talulepingud_et, lk 2
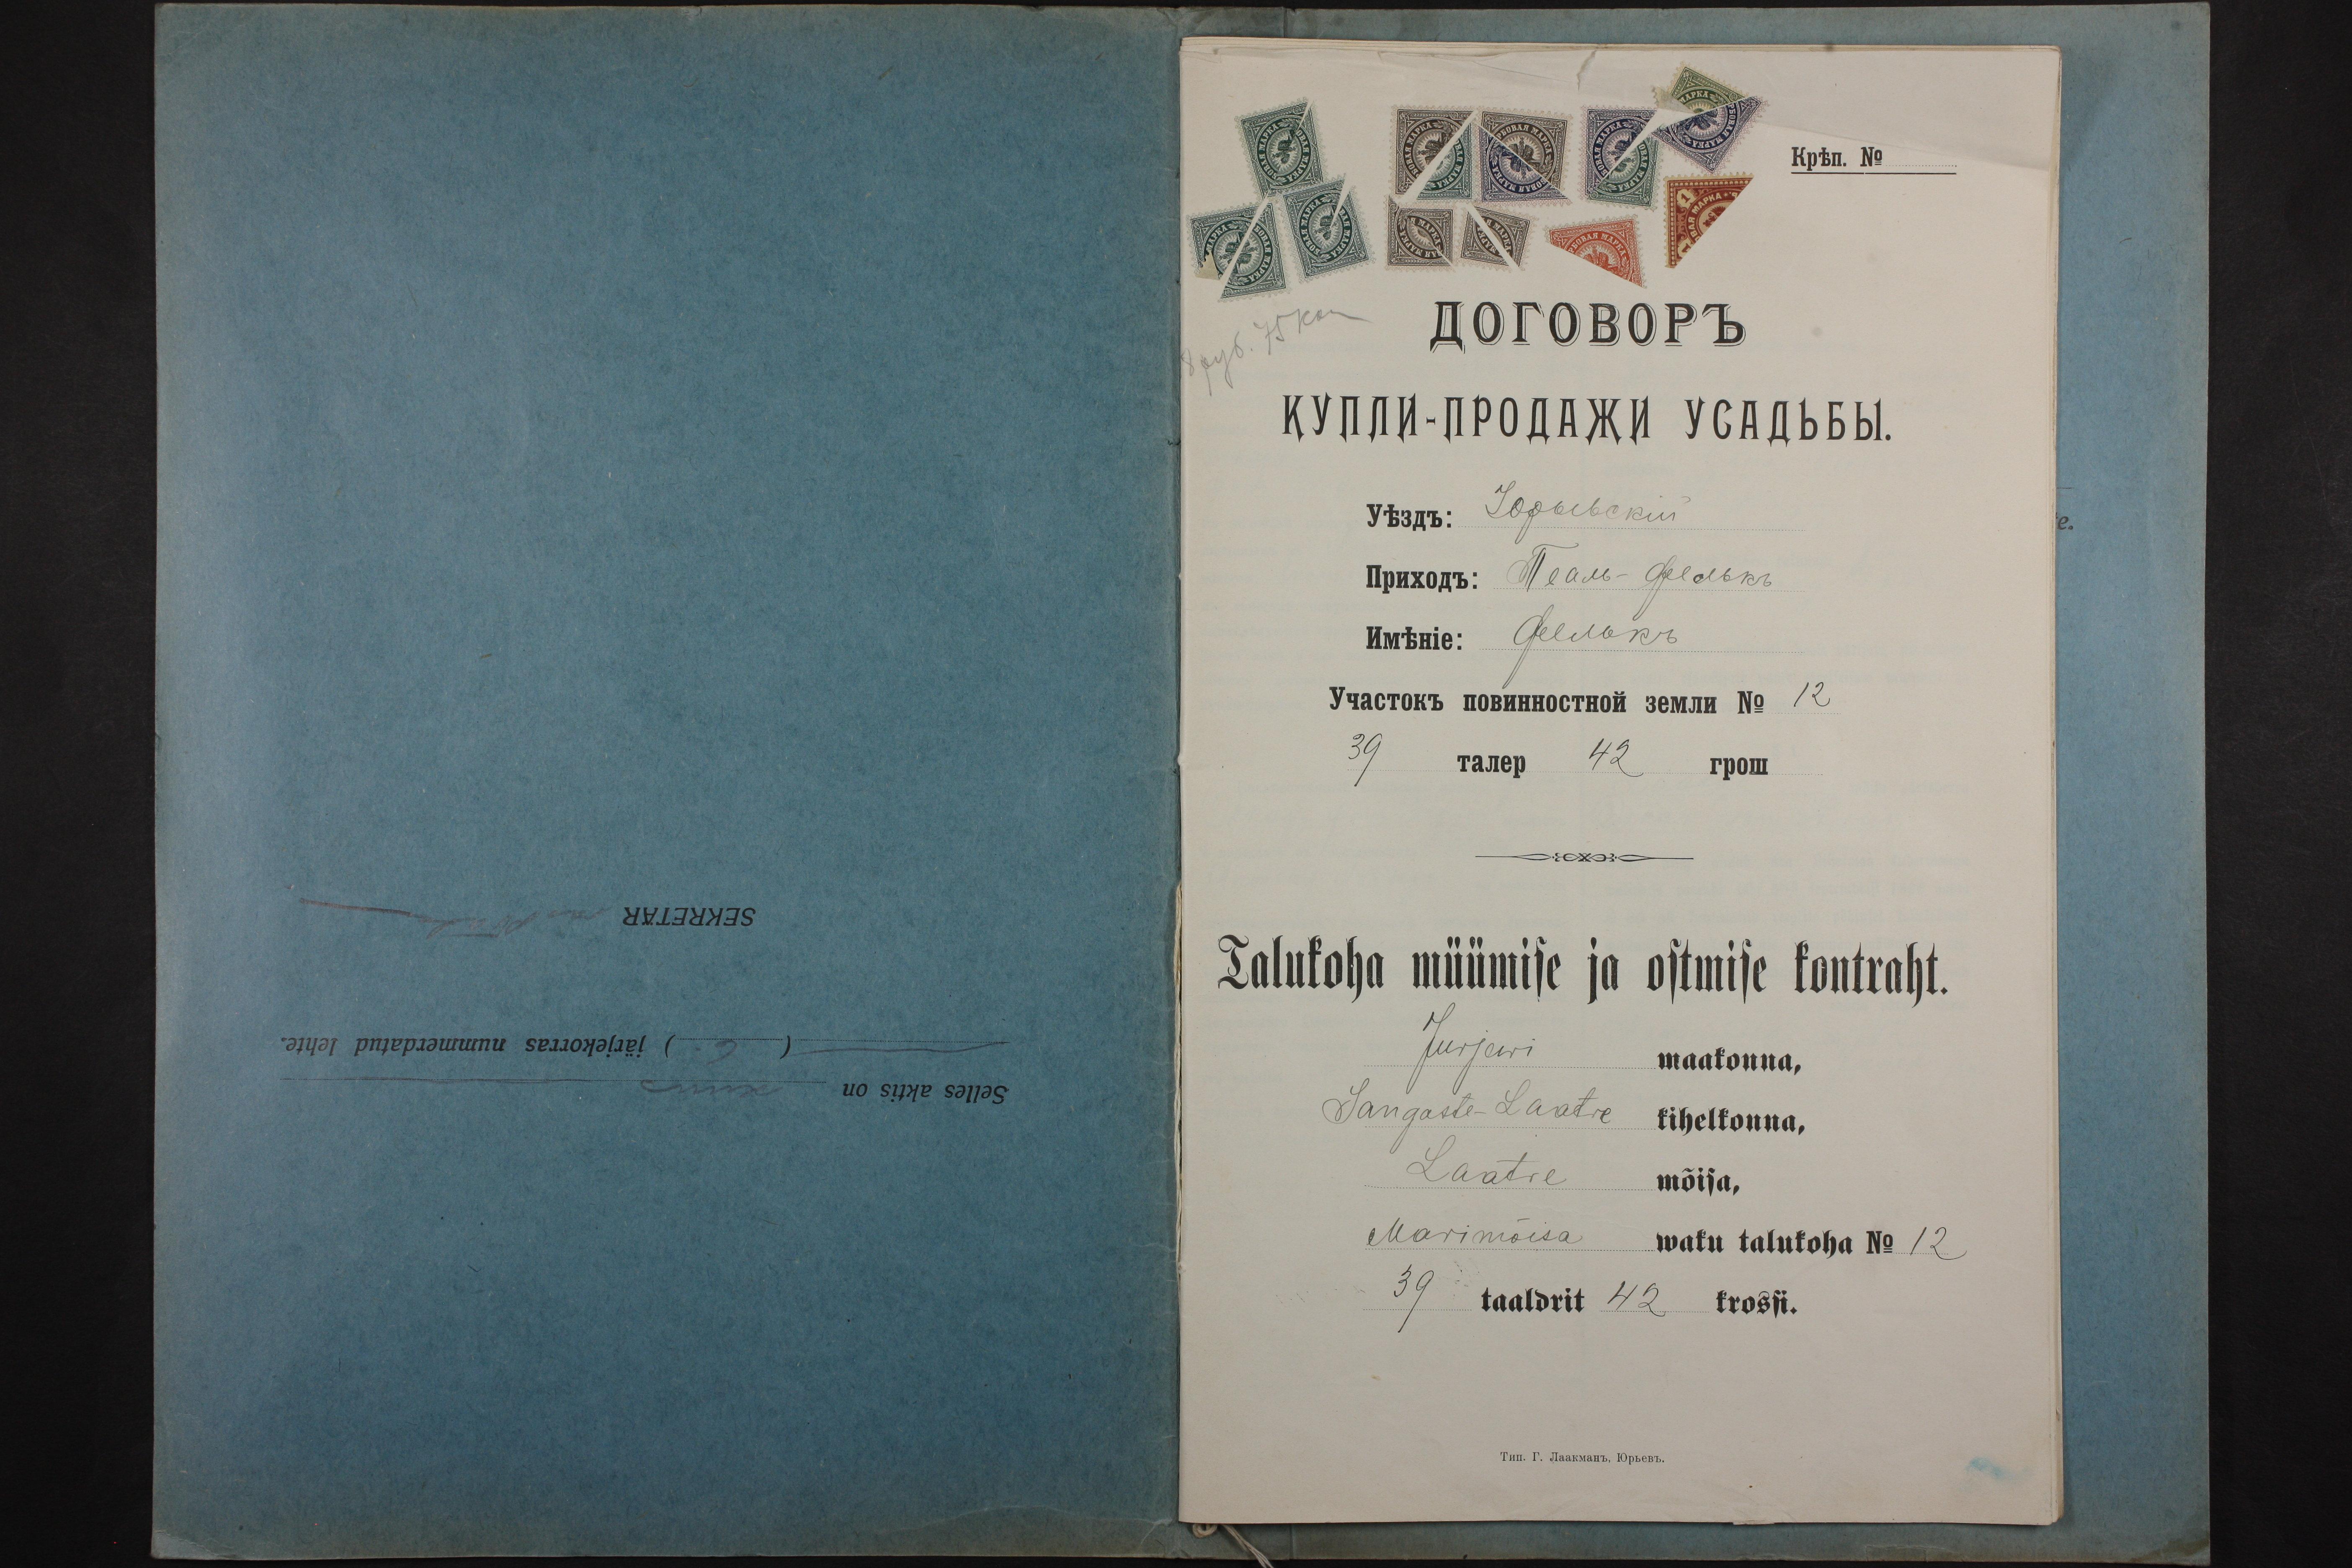
Talukoha müümise ja ostmise kontraht.
Jurjewi
maakonna,
Sangaste-Laatre
kihelkonna,
Laatre
mõisa,
Marimõisa
waku talukoha No 12
39 taaldrit 42 krossi.